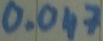
Text: 0.047